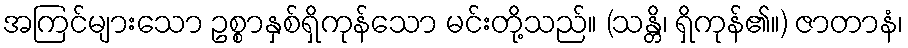
အကြင်များသော ဥစ္စာနှစ်ရှိကုန်သော မင်းတို့သည်။ (သန္တိ၊ ရှိကုန်၏။) ဇာတာနံ၊